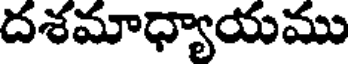
దశమాధ్యాయము